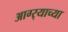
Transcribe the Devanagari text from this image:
आग्‍र्‍याच्या